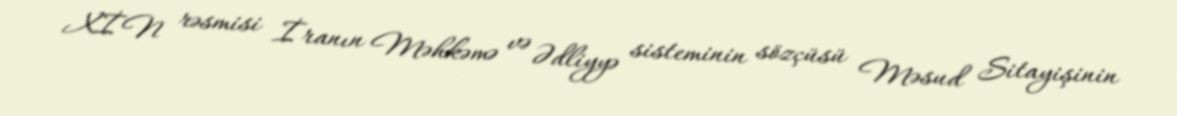
XİN rəsmisi İranın Məhkəmə və Ədliyyə sisteminin sözçüsü Məsud Sitayişinin